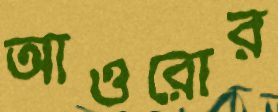
আওরোর